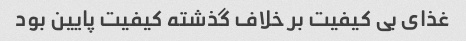
غذای بی کیفیت بر خلاف گذشته کیفیت پایین بود